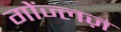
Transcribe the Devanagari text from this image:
गोंज्लज़